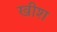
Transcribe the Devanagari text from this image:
खीश